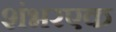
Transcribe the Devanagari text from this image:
शंभरएक